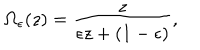
\Omega _ { \epsilon } ( z ) = { \frac { z } { \epsilon z + ( 1 - \epsilon ) } } ,